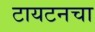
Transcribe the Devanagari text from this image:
टायटनचा